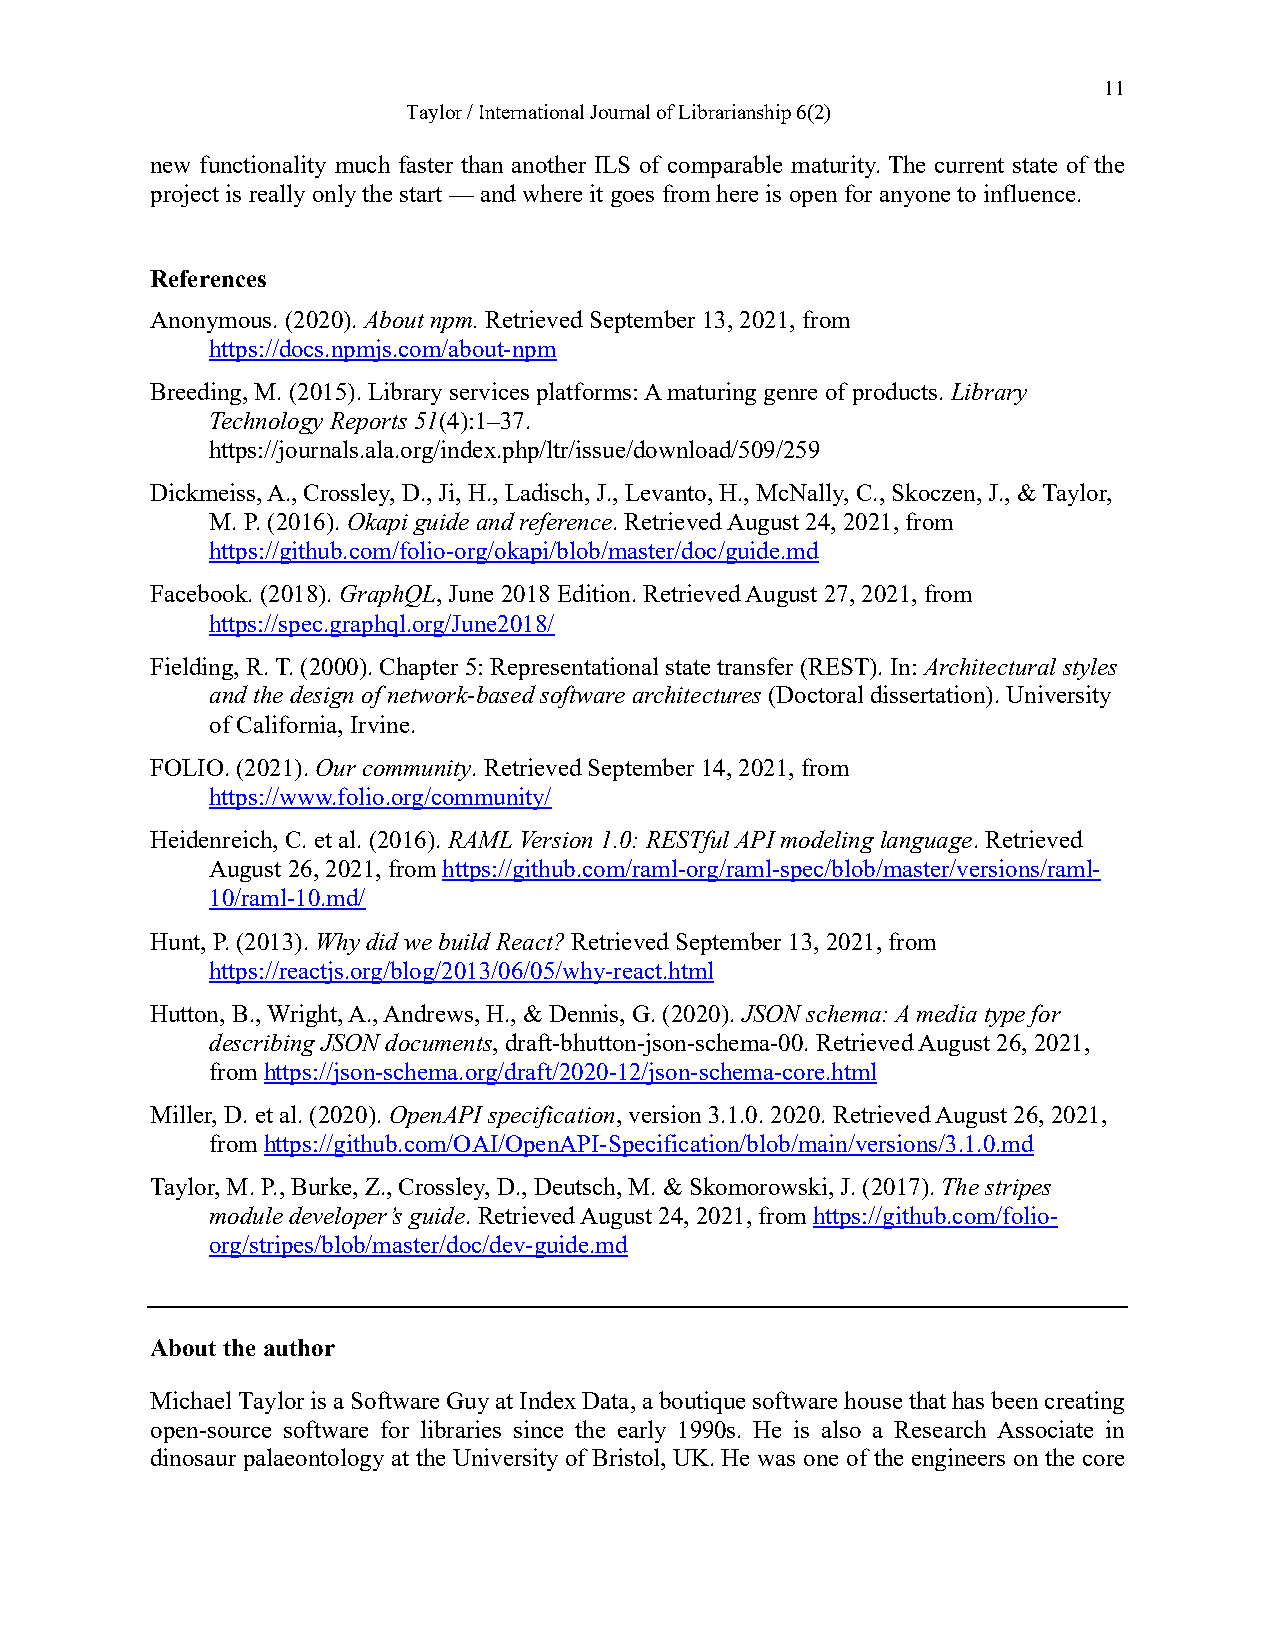
11
 Taylor / International Journal of Librarianship 6(2)
 new functionality much faster than another ILS of comparable maturity. The current state of the
 project is really only the start — and where it goes from here is open for anyone to influence.
 References
 Anonymous. (2020). About npm. Retrieved September 13, 2021, from
 https://docs.npmjs.com/about-npm
 Breeding, M. (2015). Library services platforms: A maturing genre of products. Library
 Technology Reports 51(4):1–37.
 https://journals.ala.org/index.php/ltr/issue/download/509/259
 Dickmeiss, A., Crossley, D., Ji, H., Ladisch, J., Levanto, H., McNally, C., Skoczen, J., & Taylor,
 M. P. (2016). Okapi guide and reference. Retrieved August 24, 2021, from
 https://github.com/folio-org/okapi/blob/master/doc/guide.md
 Facebook. (2018). GraphQL, June 2018 Edition. Retrieved August 27, 2021, from
 https://spec.graphql.org/June2018/
 Fielding, R. T. (2000). Chapter 5: Representational state transfer (REST). In: Architectural styles
 and the design of network-based software architectures (Doctoral dissertation). University
 of California, Irvine.
 FOLIO. (2021). Our community. Retrieved September 14, 2021, from
 https://www.folio.org/community/
 Heidenreich, C. et al. (2016). RAML Version 1.0: RESTful API modeling language. Retrieved
 August 26, 2021, from https://github.com/raml-org/raml-spec/blob/master/versions/raml-
 10/raml-10.md/
 Hunt, P. (2013). Why did we build React? Retrieved September 13, 2021, from
 https://reactjs.org/blog/2013/06/05/why-react.html
 Hutton, B., Wright, A., Andrews, H., & Dennis, G. (2020). JSON schema: A media type for
 describing JSON documents, draft-bhutton-json-schema-00. Retrieved August 26, 2021,
 from https://json-schema.org/draft/2020-12/json-schema-core.html
 Miller, D. et al. (2020). OpenAPI specification, version 3.1.0. 2020. Retrieved August 26, 2021,
 from https://github.com/OAI/OpenAPI-Specification/blob/main/versions/3.1.0.md
 Taylor, M. P., Burke, Z., Crossley, D., Deutsch, M. & Skomorowski, J. (2017). The stripes
 module developer’s guide. Retrieved August 24, 2021, from https://github.com/folio-
 org/stripes/blob/master/doc/dev-guide.md
 About the author
 Michael Taylor is a Software Guy at Index Data, a boutique software house that has been creating
 open-source software for libraries since the early 1990s. He is also a Research Associate in
 dinosaur palaeontology at the University of Bristol, UK. He was one of the engineers on the core